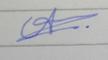
Signature authenticity: forged